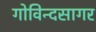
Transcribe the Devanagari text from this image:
गोविन्दसागर